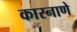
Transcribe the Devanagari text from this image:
कारनाणे